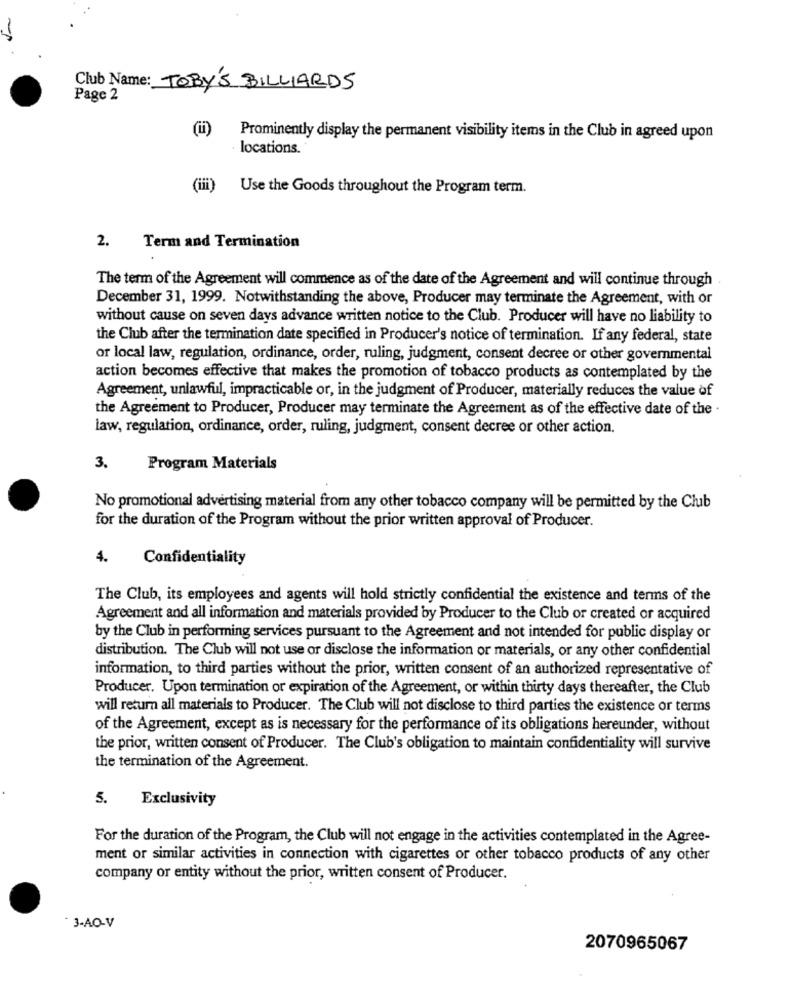
-
Club Name: TOBY'S BILLIARDS
Page 2
(ii)
Prominently display the permanent visibility items in the Club in agreed upon
locations.
(iii)
Use the Goods throughout the Program term.
2.
Term and Termination
The term of the Agreement will commence as of the date of the Agreement and will continue through
December 31, 1999. Notwithstanding the above, Producer may terminate the Agreement, with or
without cause on seven days advance written notice to the Club. Producer will have no liability to
the Club after the termination date specified in Producer's notice of termination. If any federal, state
or local law, regulation, ordinance, order, ruling, judgment, consent decree or other governmental
action becomes effective that makes the promotion of tobacco products as contemplated by the
Agreement, unlawful, impracticable or, in the judgment of Producer, materially reduces the value of
the Agreement to Producer, Producer may terminate the Agreement as of the effective date of the -
law, regulation, ordinance, order, ruling, judgment, consent decree or other action.
3.
Program Materials
No promotional advertising material from any other tobacco company will be permitted by the Club
for the duration of the Program without the prior written approval of Producer.
4.
Confidentiality
The Club, its employees and agents will hold strictly confidential the existence and terms of the
Agreement and all information and materials provided by Producer to the Club or created or acquired
by the Club in performing services pursuant to the Agreement and not intended for public display or
distribution. The Club will not use or disclose the information or materials, or any other confidential
information, to third parties without the prior, written consent of an authorized representative of
Producer. Upon termination or expiration of the Agreement, or within thirty days thereafter, the Club
will return all materials to Producer. The Club will not disclose to third parties the existence or terms
of the Agreement, except as is necessary for the performance of its obligations hereunder, without
the prior, written consent of Producer. The Club's obligation to maintain confidentiality will survive
the termination of the Agreement.
5.
Exclusivity
For the duration of the Program, the Club will not engage in the activities contemplated in the Agree-
ment or similar activities in connection with cigarettes or other tobacco products of any other
company or entity without the prior, written consent of Producer.
- 3-AO-V
2070965067